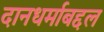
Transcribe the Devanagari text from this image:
दानधर्माबद्दल